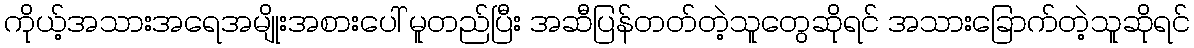
ကိုယ့်အသားအရေအမျိုးအစားပေါ် မူတည်ပြီး အဆီပြန်တတ်တဲ့သူတွေဆိုရင် အသားခြောက်တဲ့သူဆိုရင်